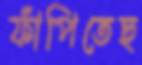
ফাঁপিতেছ